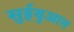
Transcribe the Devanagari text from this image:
सुईयुआन